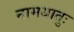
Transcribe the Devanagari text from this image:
नामधातुः